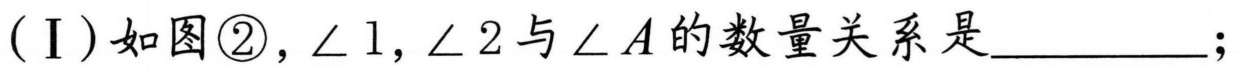
(Ⅰ)如图\textcircled{2},\(\angle 1,\angle 2\)与\(\angle A\)的数量关系是  ；